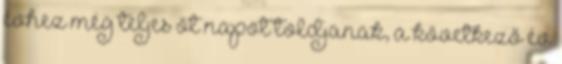
évhez még teljes öt napot toldjanak, a következő év